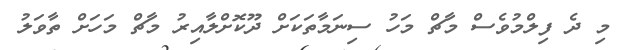
މި ދެ ފިލްމުވެސް މާޗް މަހު ސިނަމާތަކަށް ދޫކޮށްލާއިރު މާޗް މަހަށް ތާވަލު